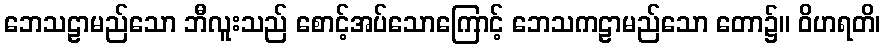
ဘေသဠာမည်သော ဘီလူးသည် စောင့်အပ်သောကြောင့် ဘေသကဠာမည်သော တော၌။ ဝိဟရတိ၊